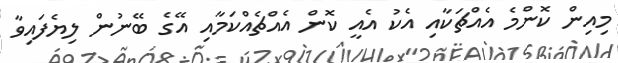
މިއިން ކޮންމެ އެއްޗަކާއި އެކު އެއީ ކޮން އެއްޗެއްކަމާއި އޭގެ ބޭނުން ލިޔެފައިވާ